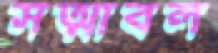
সত্মাবল